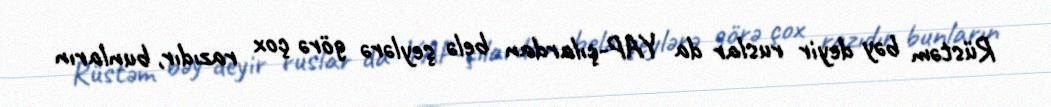
Rüstəm bəy deyir ruslar da YAP-çılardan belə şeylərə görə çox razıdır, bunların